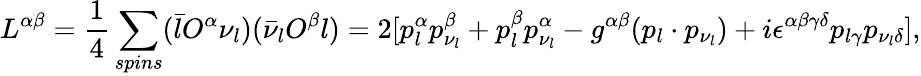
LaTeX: L^{\alpha\beta}=\frac{1}{4}\sum_{spins}(\bar{l}O^{\alpha}\nu_{l})(\bar{\nu}_{l}O^{\beta}l)=2[p_{l}^{\alpha}p_{\nu_{l}}^{\beta}+p_{l}^{\beta}p_{\nu_{l}}^{\alpha}-g^{\alpha\beta}(p_{l}\cdot p_{\nu_{l}})+i\epsilon^{\alpha\beta\gamma\delta}p_{l\gamma}p_{\nu_{l}\delta}],